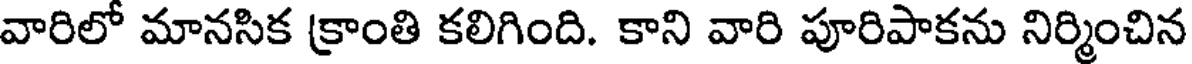
వారిలో మానసిక క్రాంతి కలిగింది. కాని వారి పూరిపాకను నిర్మించిన